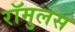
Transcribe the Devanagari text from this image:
रॉमुलस